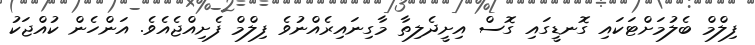
ފިލްމް ބެލުމަށްޓަކައި ގޮނޑީގައި ގޮސް އިށީދެލިތާ މާގިނައިރެއްނުވެ ފިލްމް ފެށިއްޖެއެވެ. އަންހެން ކުއްޖަކު